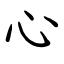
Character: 心